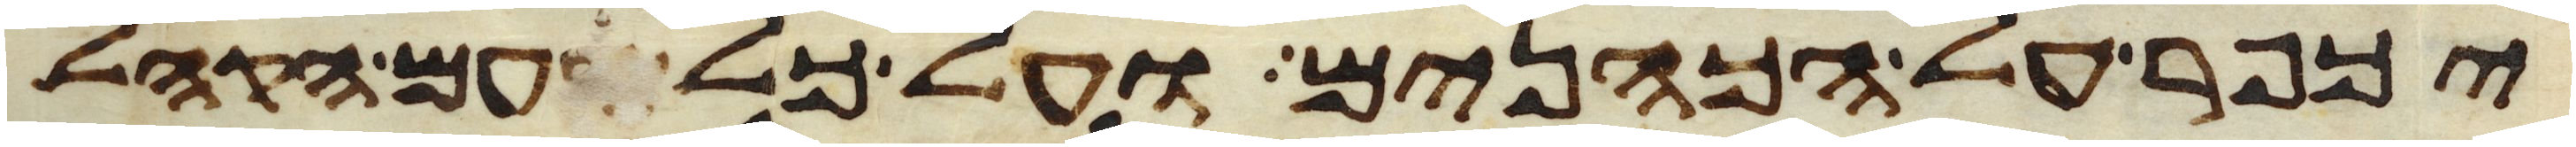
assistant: יכפר על הכהנים ועל כל עם הקהל